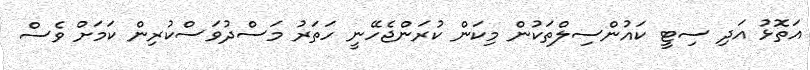
އަތޮޅު އަދި ސިޓީ ކައުންސިލްތަކުން މިކަން ކުރަންޖެހޭނީ ހަތަރު މަސްދުވަސްކުރިން ކަމަށް ވެސް